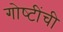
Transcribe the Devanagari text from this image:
गोष्‍टींची